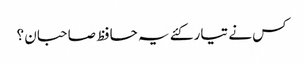
کس نے تیار کئے یہ حافظ صاحبان ؟